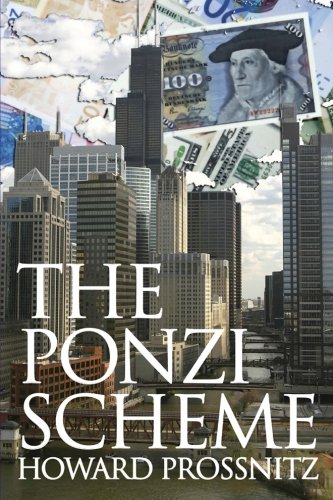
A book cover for The Ponzi Scheme; Howard B. Prossnitz; Mystery, Thriller & Suspense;